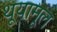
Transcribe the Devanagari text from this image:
थूयामूल